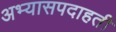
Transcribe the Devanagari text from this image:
अभ्यासपदाहती